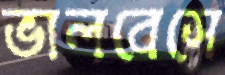
ভালবেসে